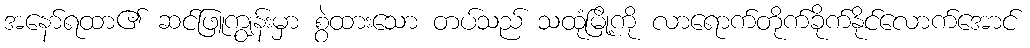
အနော်ရထာ၏ ဆင်ဖြူကျွန်းမှာ စွဲထားသော တပ်သည် သထုံမြို့ကို လာရောက်တိုက်ခိုက်နိုင်လောက်အောင်